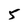
Character: 5